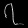
Digit: ၇